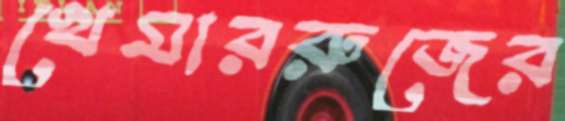
খেমাররুজের